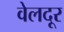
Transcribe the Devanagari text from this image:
वेलदूर